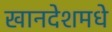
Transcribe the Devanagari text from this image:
खानदेशमधे